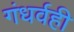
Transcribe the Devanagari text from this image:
गंधर्वही